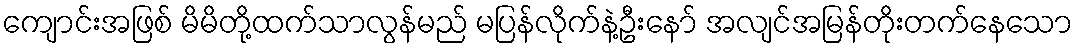
ကျောင်းအဖြစ် မိမိတို့ထက်သာလွန်မည် မပြန်လိုက်နဲ့ဦးနော် အလျင်အမြန်တိုးတက်နေသော